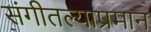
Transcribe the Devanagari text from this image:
संगीतल्याप्रमान